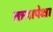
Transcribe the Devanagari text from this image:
तार्‍यापेक्षा